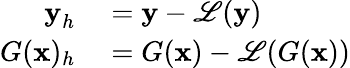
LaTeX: \begin{array}{rl}{\textbf{y}_{h}}&{{}=\textbf{y}-\mathscr{L}(\textbf{y})}\\ {G(\textbf{x})_{h}}&{{}=G(\textbf{x})-\mathscr{L}(G(\textbf{x}))}\end{array}